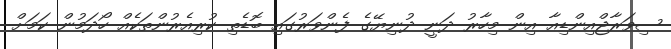
ސިވަރާޖްއިންޑިއާ އިން މިހާރު ދަނީ ދުނިޔޭގެ ފެންވަރުގައި ބޮޑެތި ކުރިއެރުންތަކެއް ހޯދަމުން ކަމަށް